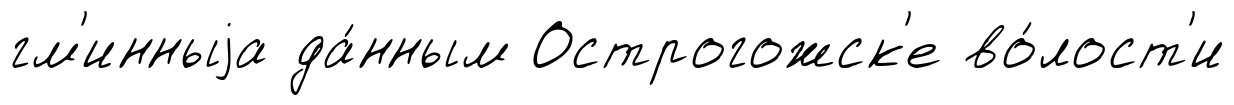
гм'инныjа да́нным Острогожск'е во́лост'и